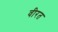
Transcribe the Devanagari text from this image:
वीरत